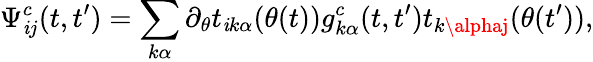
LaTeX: \Psi_{\mathit{i}j}^{c}(t,t^{\prime})=\sum_{k\alpha}\partial_{\theta}t_{\mathit{i}k\alpha}(\theta(t))g_{k\alpha}^{c}(t,t^{\prime})t_{k\alphaj}(\theta(t^{\prime})),